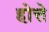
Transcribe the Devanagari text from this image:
होत्ते